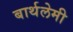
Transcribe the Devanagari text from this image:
बार्थलेमी